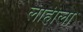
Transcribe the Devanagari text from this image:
लाहीला